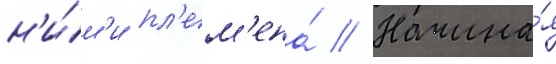
н'и́м'и пл'ем'ена́ // Начина́я